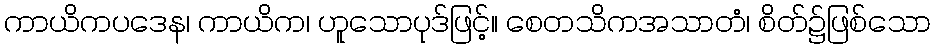
ကာယိကပဒေန၊ ကာယိက၊ ဟူသောပုဒ်ဖြင့်။ စေတသိကအသာတံ၊ စိတ်၌ဖြစ်သော